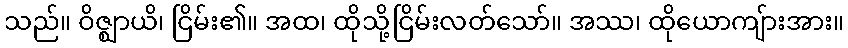
သည်။ ဝိဇ္ဈာယိ၊ ငြိမ်း၏။ အထ၊ ထိုသို့ငြိမ်းလတ်သော်။ အဿ၊ ထိုယောကျ်ားအား။